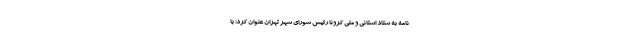
نامه به ستاد استانی و ملی کرونا رئیس شورای شهر تهران عنوان کرد: با